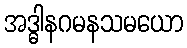
အဒ္ဓါနဂမနသမယော